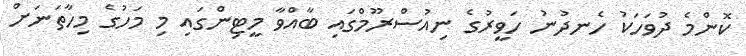
ކޮންމެ ދުވަހަކު ހެނދުނު ހަވީރުގެ ނިއުސްރޫމްގައި ބާއްވާ މީޓިންގައި މި މަހުގެ މިހާތަނަށް